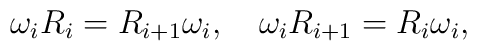
\omega_i R_i=R_{i+1}\omega_i, \quad \omega_i R_{i+1}=R_i\omega_i,